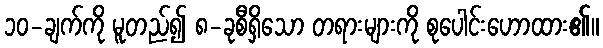
၁၀-ချက်ကို မူတည်၍ ၈-ခုစီရှိသော တရားများကို စုပေါင်းဟောထား၏။